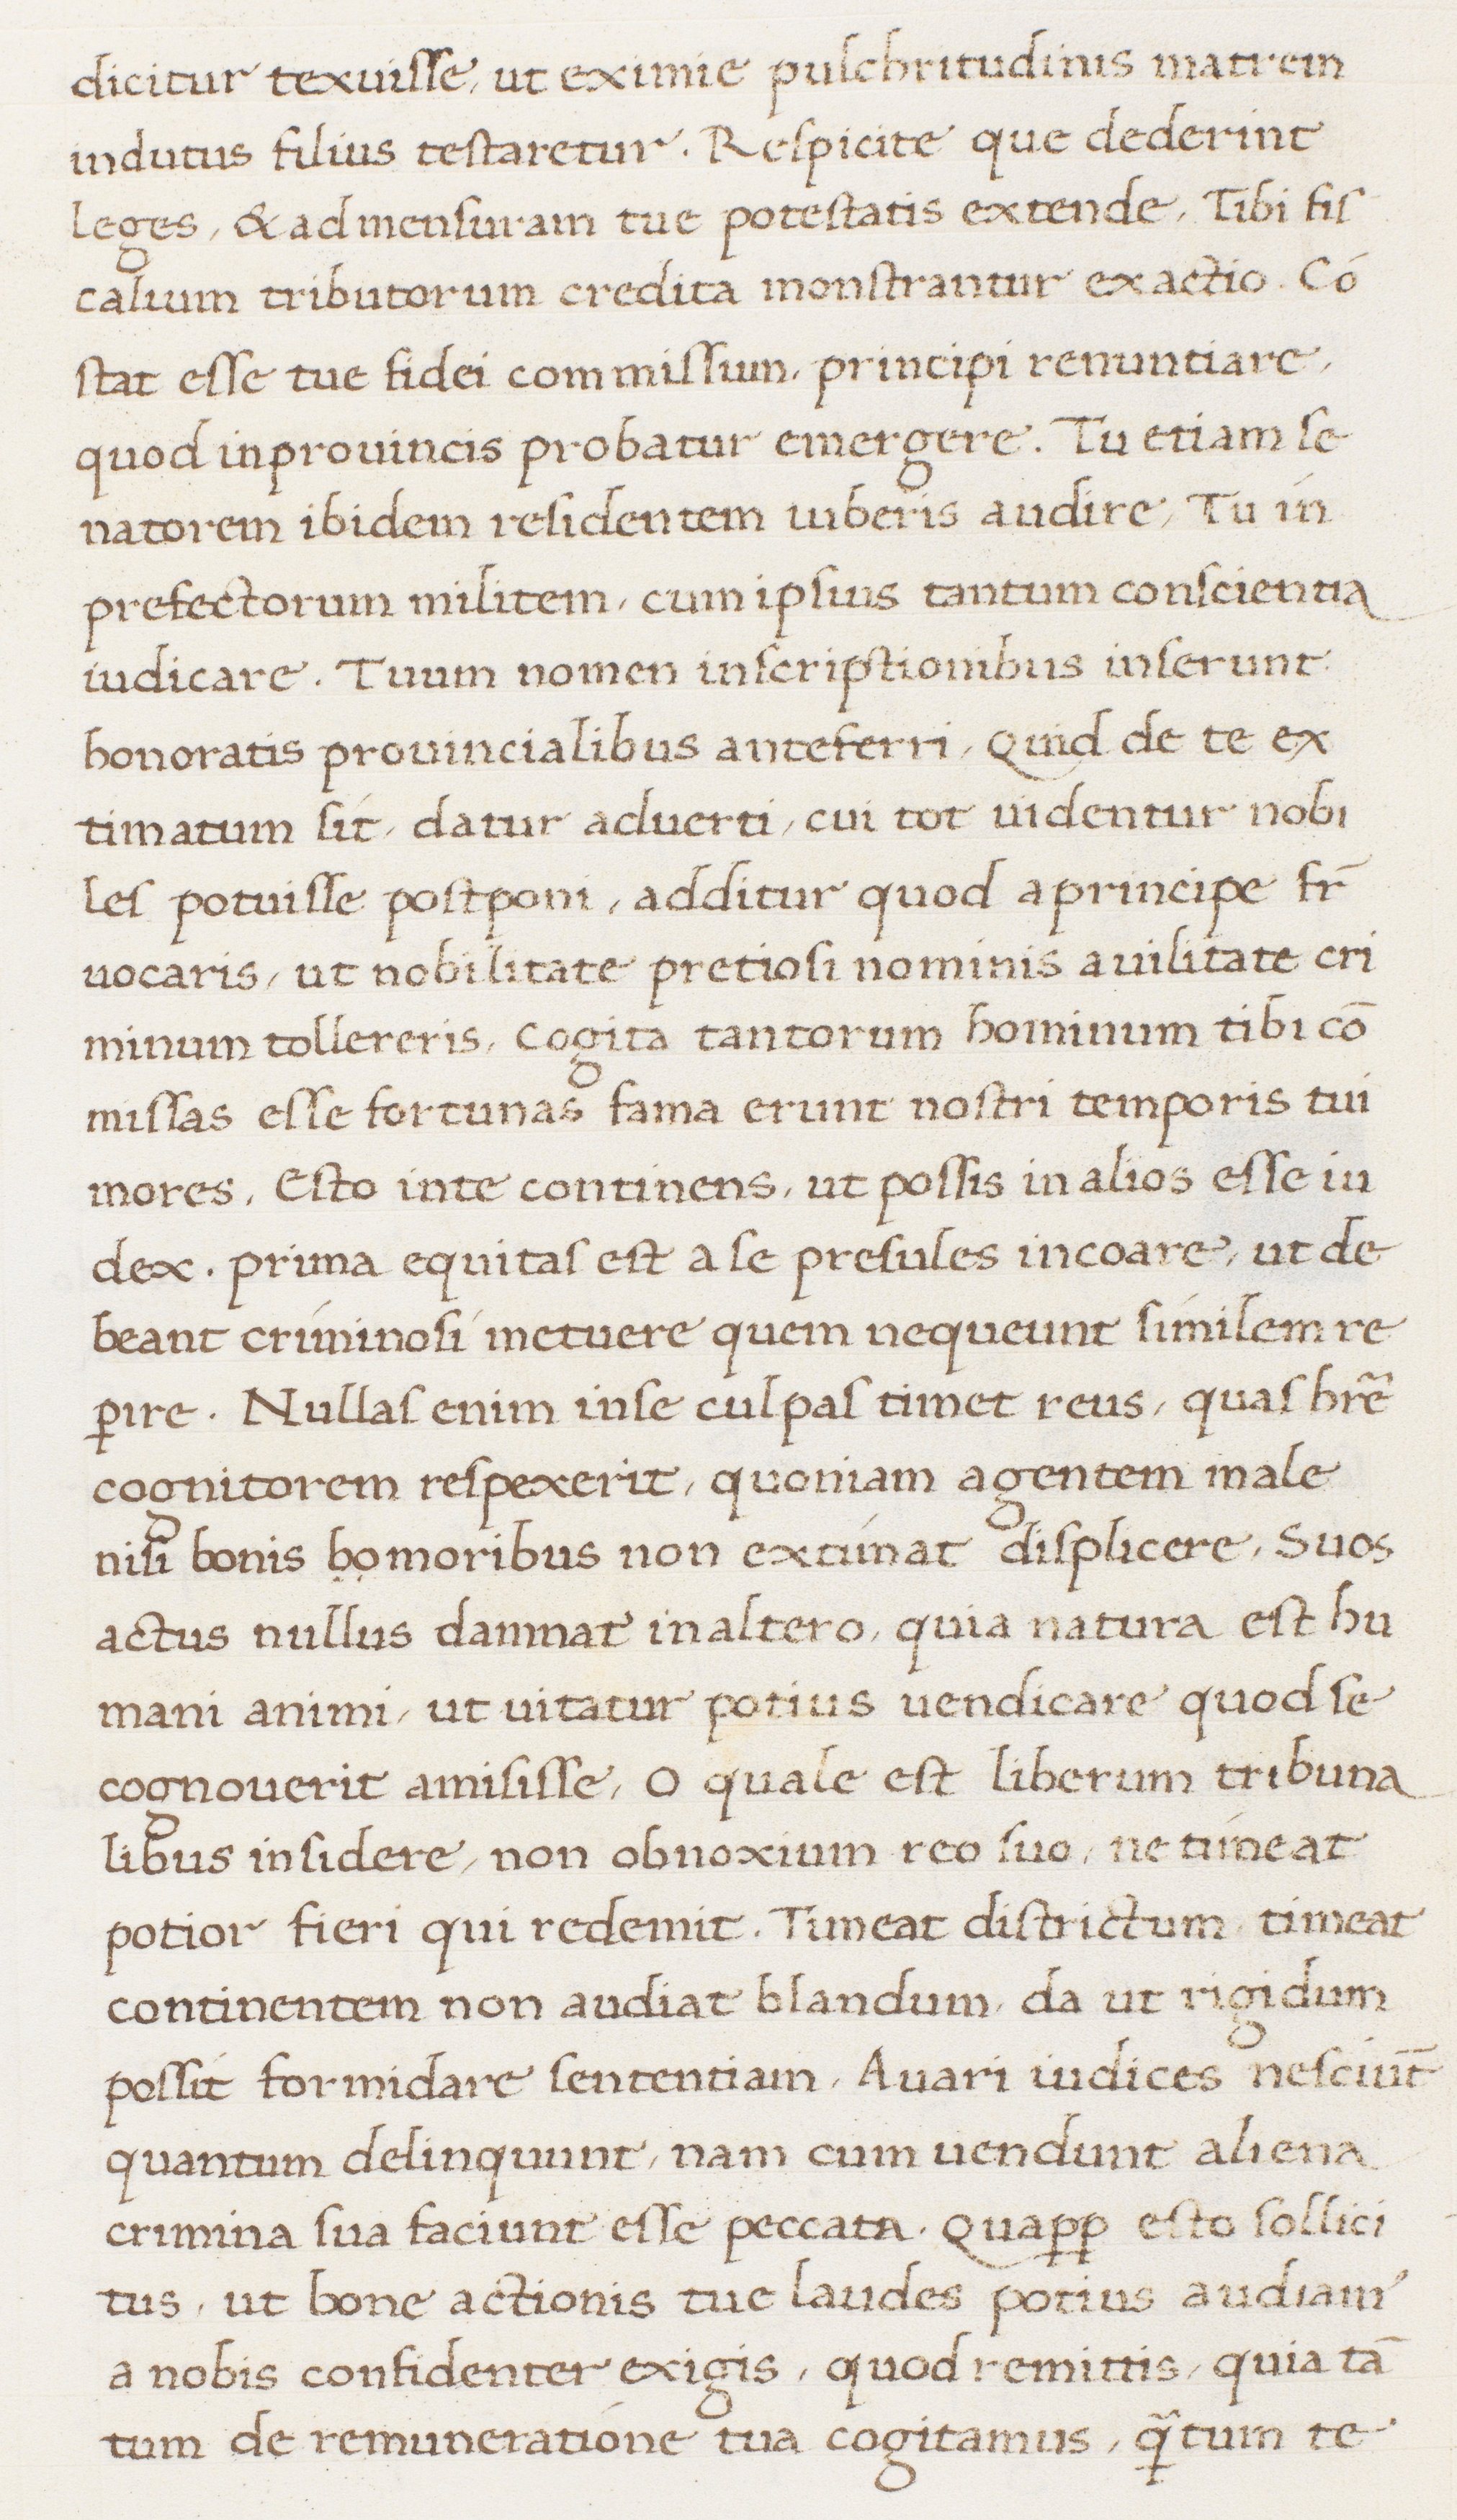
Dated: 1513–1521